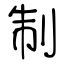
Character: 制